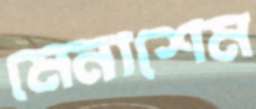
মেনাশেম